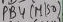
Text: PB4 (MISO)